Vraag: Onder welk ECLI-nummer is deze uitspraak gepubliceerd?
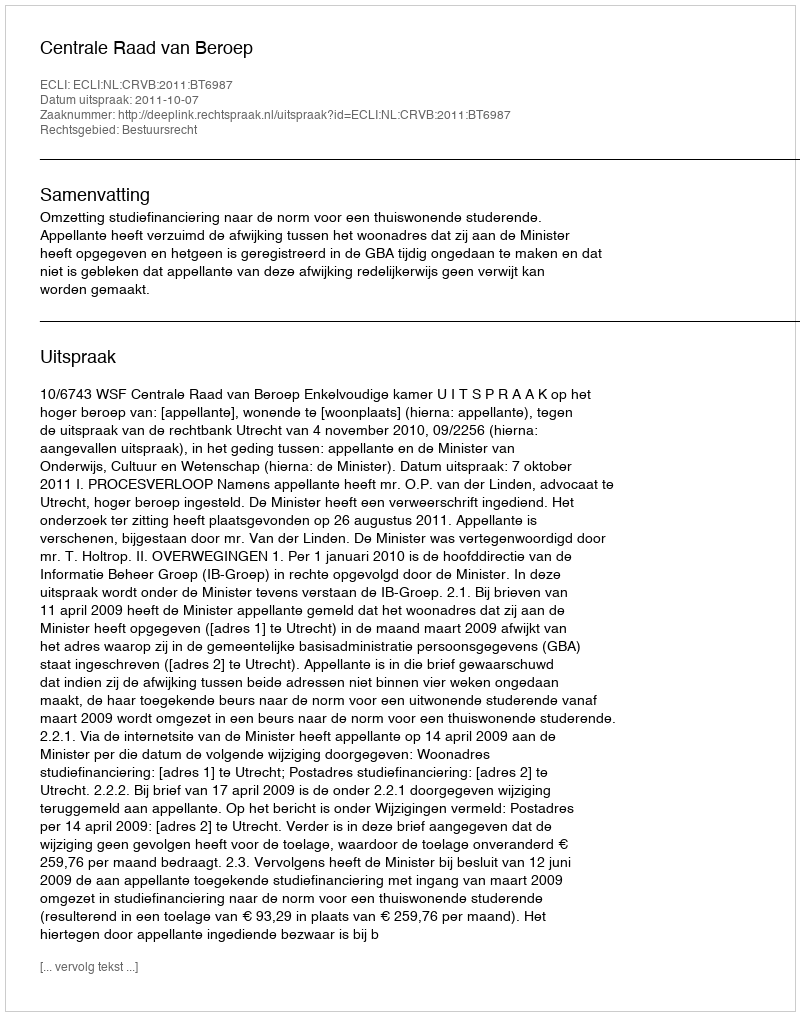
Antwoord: ECLI:NL:CRVB:2011:BT6987